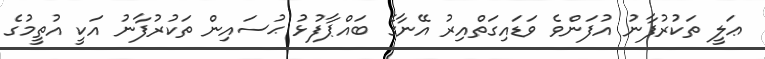
ޢަލީ ތަކުރުފާނު އުފަންވެ ވަޑައިގަތްއިރު އޭނާގެ ބައްޕާފުޅު ޙުސައިން ތަކުރުފާނު އަކީ އުތީމުގެ